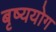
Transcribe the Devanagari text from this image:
बृष्ययोग